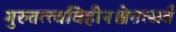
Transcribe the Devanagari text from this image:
गुरुतत्त्वविहीनश्चेत्तत्सर्वं